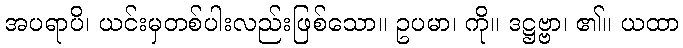
အပရာပိ၊ ယင်းမှတစ်ပါးလည်းဖြစ်သော။ ဥပမာ၊ ကို။ ဒဋ္ဌဗ္ဗာ၊ ၏။ ယထာ